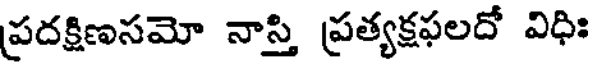
ప్రదక్షిణసమో నాస్తి ప్రత్యక్షఫలదో విధిః